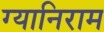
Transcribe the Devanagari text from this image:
ग्यानिराम